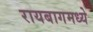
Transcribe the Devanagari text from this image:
रायबागमध्ये